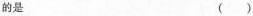
的是（）